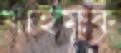
খাইমুক